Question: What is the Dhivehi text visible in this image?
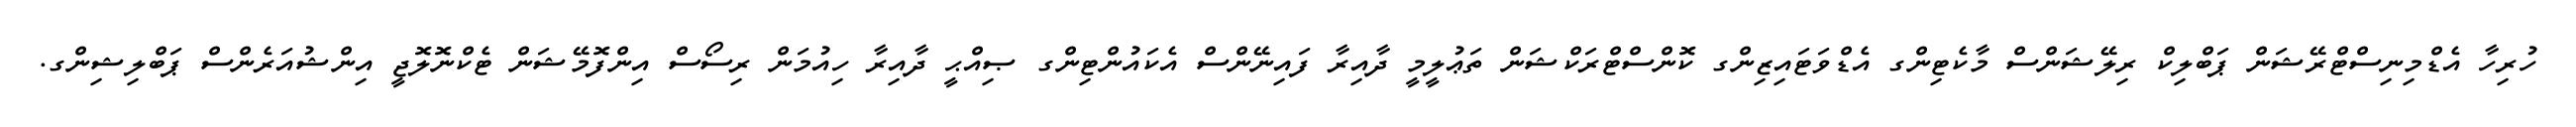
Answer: ހުރިހާ އެޑްމިނިސްޓްރޭޝަން ޕަބްލިކް ރިލޭޝަންސް މާކެޓިންގ އެޑްވަޓައިޒިންގ ކޮންސްޓްރަކްޝަން ތަޢުލީމީ ދާއިރާ ފައިނޭންސް އެކައުންޓިންގ ޞިއްޙީ ދާއިރާ ހިއުމަން ރިސޯސް އިންފޮމޭޝަން ޓެކްނޮލޮޖީ އިންޝުއަރެންސް ޕަބްލިޝިންގ.